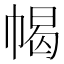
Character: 幆